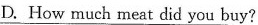
D. How much meat did you buy?